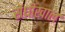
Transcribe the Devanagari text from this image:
सेंधीखाल